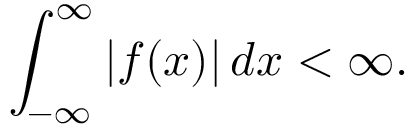
\int _ { - \infty } ^ { \infty } | f ( x ) | \, d x < \infty .